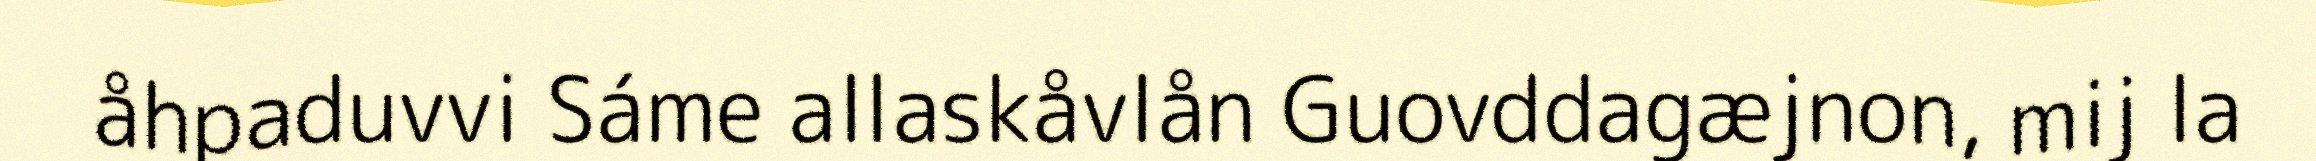
åhpaduvvi Sáme allaskåvlån Guovddagæjnon, mij la